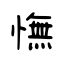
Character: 憮